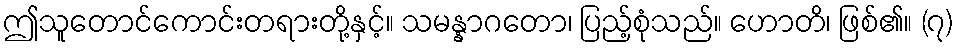
ဤသူတောင်ကောင်းတရားတို့နှင့်။ သမန္နာဂတော၊ ပြည့်စုံသည်။ ဟောတိ၊ ဖြစ်၏။ (၇)